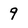
Character: 9